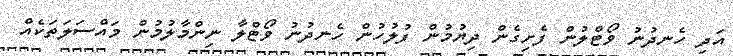
އަދި ހެނދުނު ވޯޓްލުން ފެށިގެން ދިޔުމުން ފުލުހުން ހެނދުނު ވޯޓްލާ ނިންމާލުމުން މައްސަލަތަކެއް